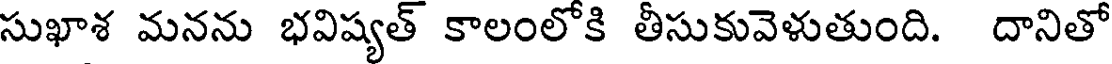
సుఖాశ మనను భవిష్యత్ కాలంలోకి తీసుకువెళుతుంది. దానితో